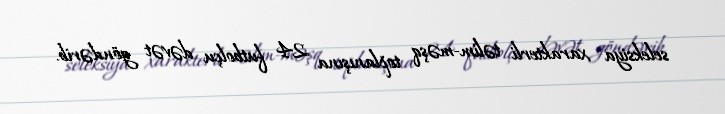
seleksiya xarakterli təlim-məşq toplanışına 24 futbolçu dəvət göndərib.